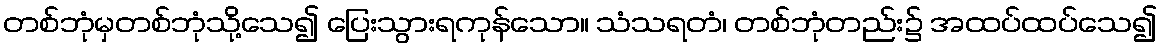
တစ်ဘုံမှတစ်ဘုံသို့သေ၍ ပြေးသွားရကုန်သော။ သံသရတံ၊ တစ်ဘုံတည်း၌ အထပ်ထပ်သေ၍